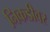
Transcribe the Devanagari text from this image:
निकडीवर